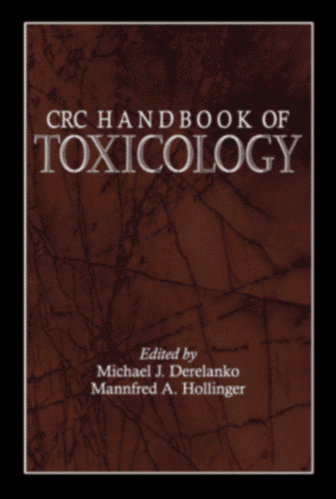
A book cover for Handbook of Toxicology; Medical Books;